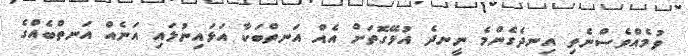
ވުމެއްވެސްނެތި އިނދެގެންމެ ނީނދެ އުޅޭގޮތަށް އެއް އަނތްބަކާ އަޅައިނުލައި އަނެއް އަނތްބެއްގެ